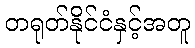
တရုတ်နိုင်ငံနှင့်အတူ